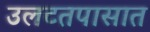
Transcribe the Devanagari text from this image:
उलटतपासात